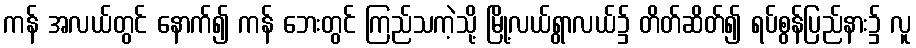
ကန် အလယ်တွင် နောက်၍ ကန် ဘေးတွင် ကြည်သကဲ့သို့ မြို့လယ်ရွာလယ်၌ တိတ်ဆိတ်၍ ရပ်စွန်ပြည်နား၌ လူ